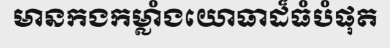
មានកងកម្លាំងយោធាដ៏ធំបំផុត